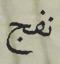
نفج